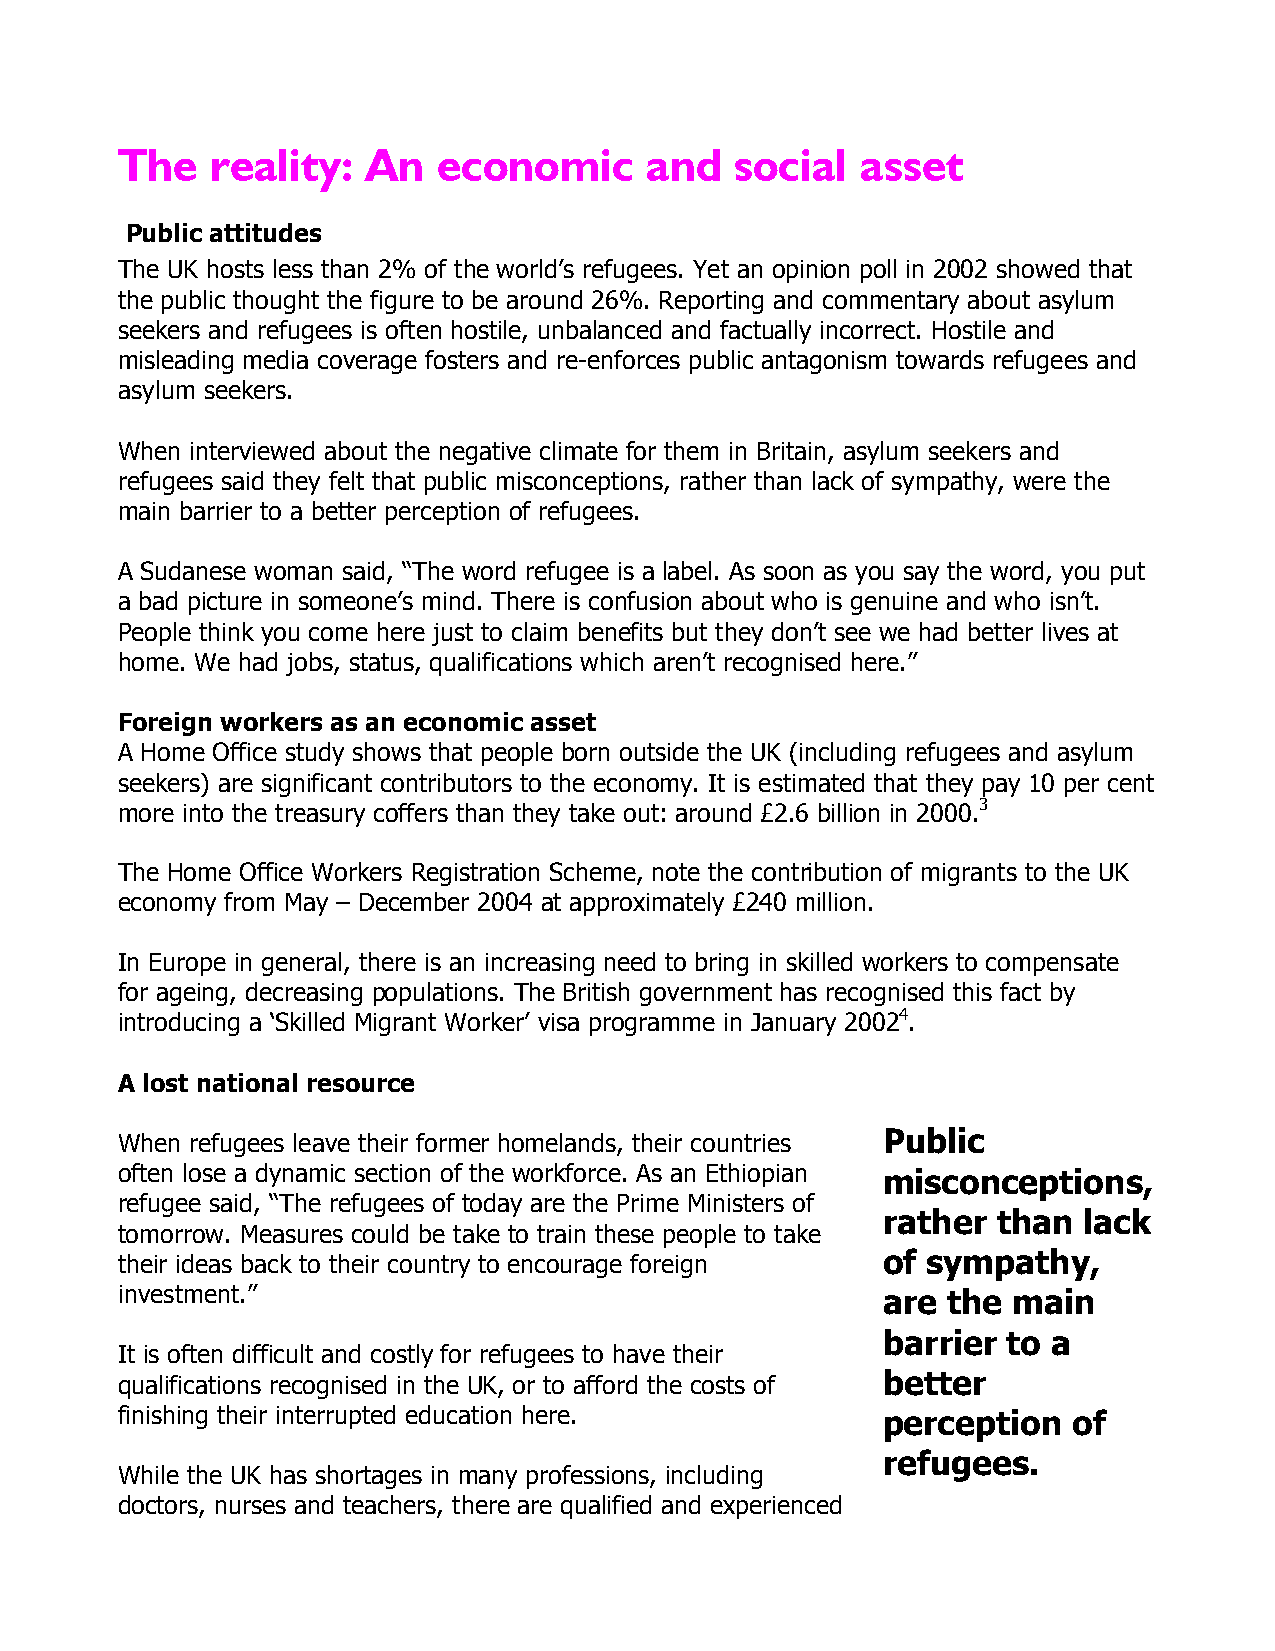
The   reality:  An   economic      and   social  asset
 Public attitudes
 The UK hosts less than 2% of the world’s refugees. Yet an opinion poll in 2002 showed that
 the public thought the figure to be around 26%. Reporting and commentary about asylum
 seekers and refugees is often hostile, unbalanced and factually incorrect. Hostile and
 misleading media coverage fosters and re-enforces public antagonism towards refugees and
 asylum seekers.
 When interviewed about the negative climate for them in Britain, asylum seekers and
 refugees said they felt that public misconceptions, rather than lack of sympathy, were the
 main barrier to a better perception of refugees.
 A Sudanese woman said, “The word refugee is a label. As soon as you say the word, you put
 a bad picture in someone’s mind. There is confusion about who is genuine and who isn’t.
 People think you come here just to claim benefits but they don’t see we had better lives at
 home. We had jobs, status, qualifications which aren’t recognised here.”
 Foreign workers as an economic asset
 A Home Office study shows that people born outside the UK (including refugees and asylum
 seekers) are significant contributors to the economy. It is estimated that they pay 10 per cent
 more into the treasury coffers than they take out: around £2.6 billion in 2000.3
 The Home Office Workers Registration Scheme, note the contribution of migrants to the UK
 economy from May – December 2004 at approximately £240 million.
 In Europe in general, there is an increasing need to bring in skilled workers to compensate
 for ageing, decreasing populations. The British government has recognised this fact by
 introducing a ‘Skilled Migrant Worker’ visa programme in January 20024.
 A lost national resource
 When refugees leave their former homelands, their countries Public
 often lose a dynamic section of the workforce. As an Ethiopian misconceptions,
 refugee said, “The refugees of today are the Prime Ministers of
 rather  than  lack
 tomorrow. Measures could be take to train these people to take
 their ideas back to their country to encourage foreign of sympathy,
 investment.”                                      are  the main
 barrier  to a
 It is often difficult and costly for refugees to have their
 qualifications recognised in the UK, or to afford the costs of better
 finishing their interrupted education here.       perception   of
 refugees.
 While the UK has shortages in many professions, including
 doctors, nurses and teachers, there are qualified and experienced